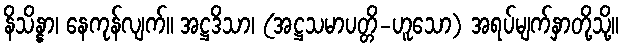
နိသိန္နာ၊ နေကုန်လျက်။ အဋ္ဌဒိသာ၊ (အဋ္ဌသမာပတ္တိ-ဟူသော) အရပ်မျက်နှာတို့သို့။